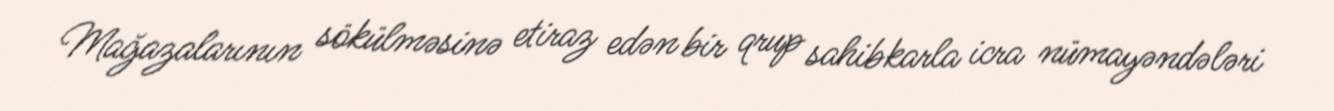
Mağazalarının sökülməsinə etiraz edən bir qrup sahibkarla icra nümayəndələri